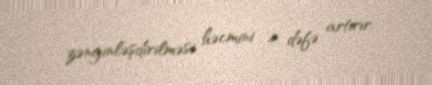
zənginləşdirilməsi həcmini 4 dəfə artırır.